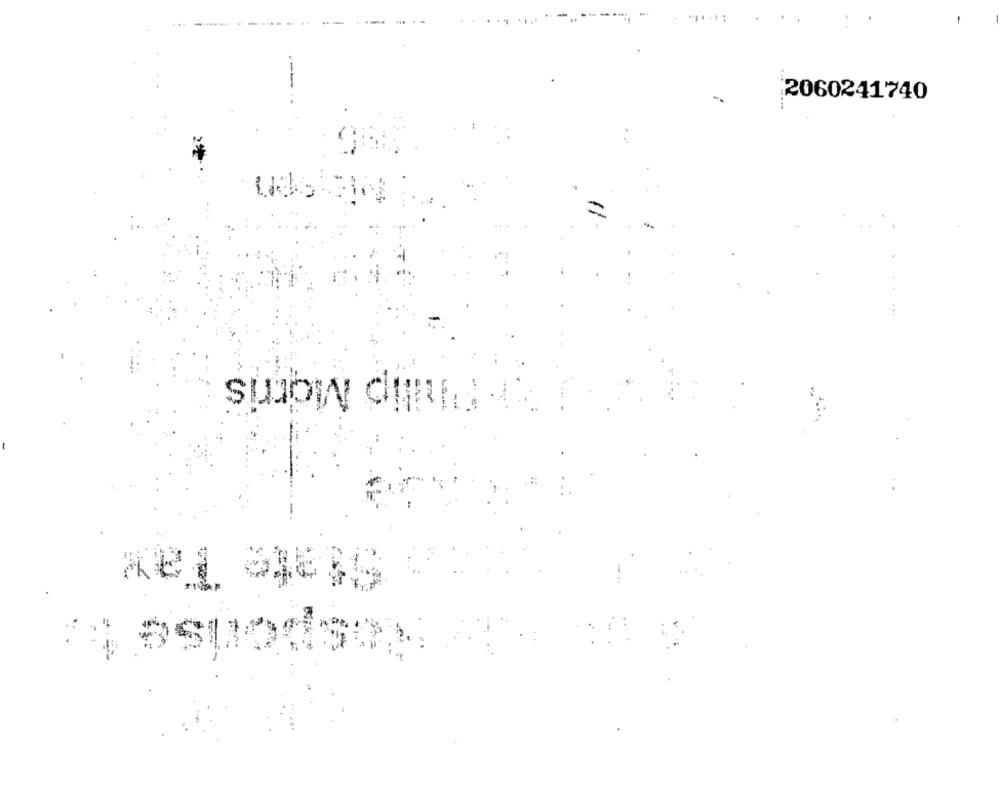
-
2060241740
*Faluilip Morris